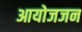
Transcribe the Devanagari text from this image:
आयोजजन